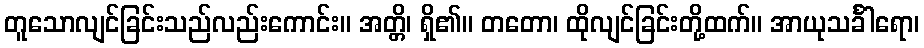
တူသောလျင်ခြင်းသည်လည်းကောင်း။ အတ္တိ၊ ရှိ၏။ တတော၊ ထိုလျင်ခြင်းတို့ထက်။ အာယုသင်္ခါရော၊